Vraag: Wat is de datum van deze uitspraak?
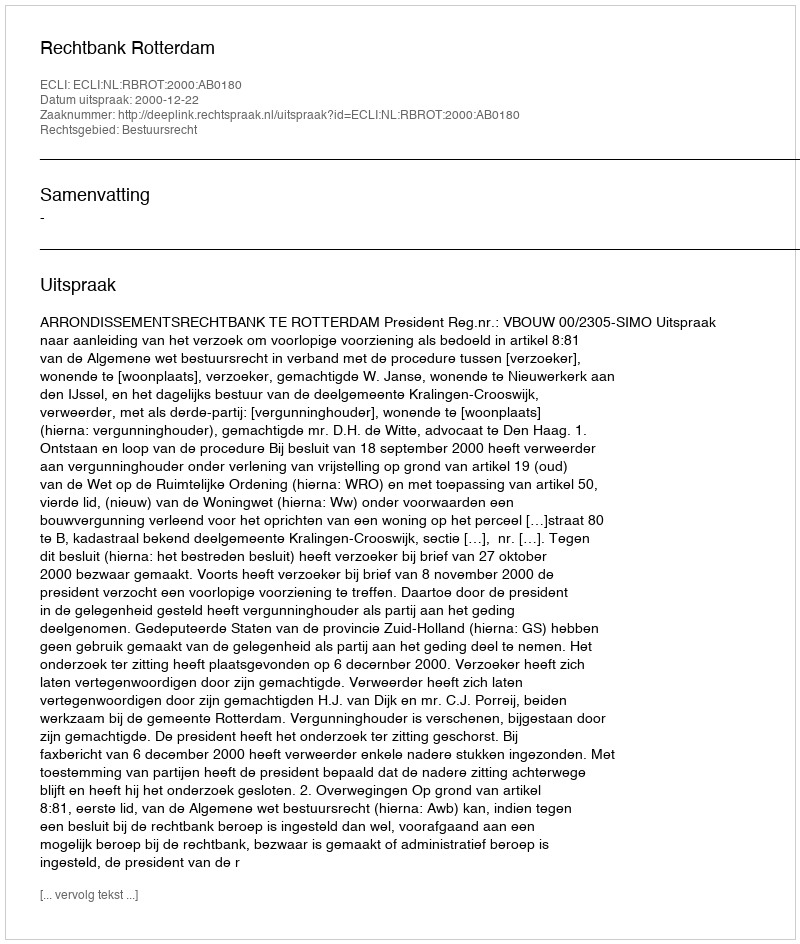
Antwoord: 2000-12-22